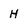
Character: H